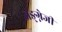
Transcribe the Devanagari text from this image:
अङ्ग्नेजी